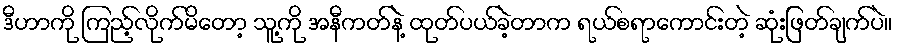
ဒီဟာကို ကြည့်လိုက်မိတော့ သူ့ကို အနီကတ်နဲ့ ထုတ်ပယ်ခဲ့တာက ရယ်စရာကောင်းတဲ့ ဆုံးဖြတ်ချက်ပဲ။